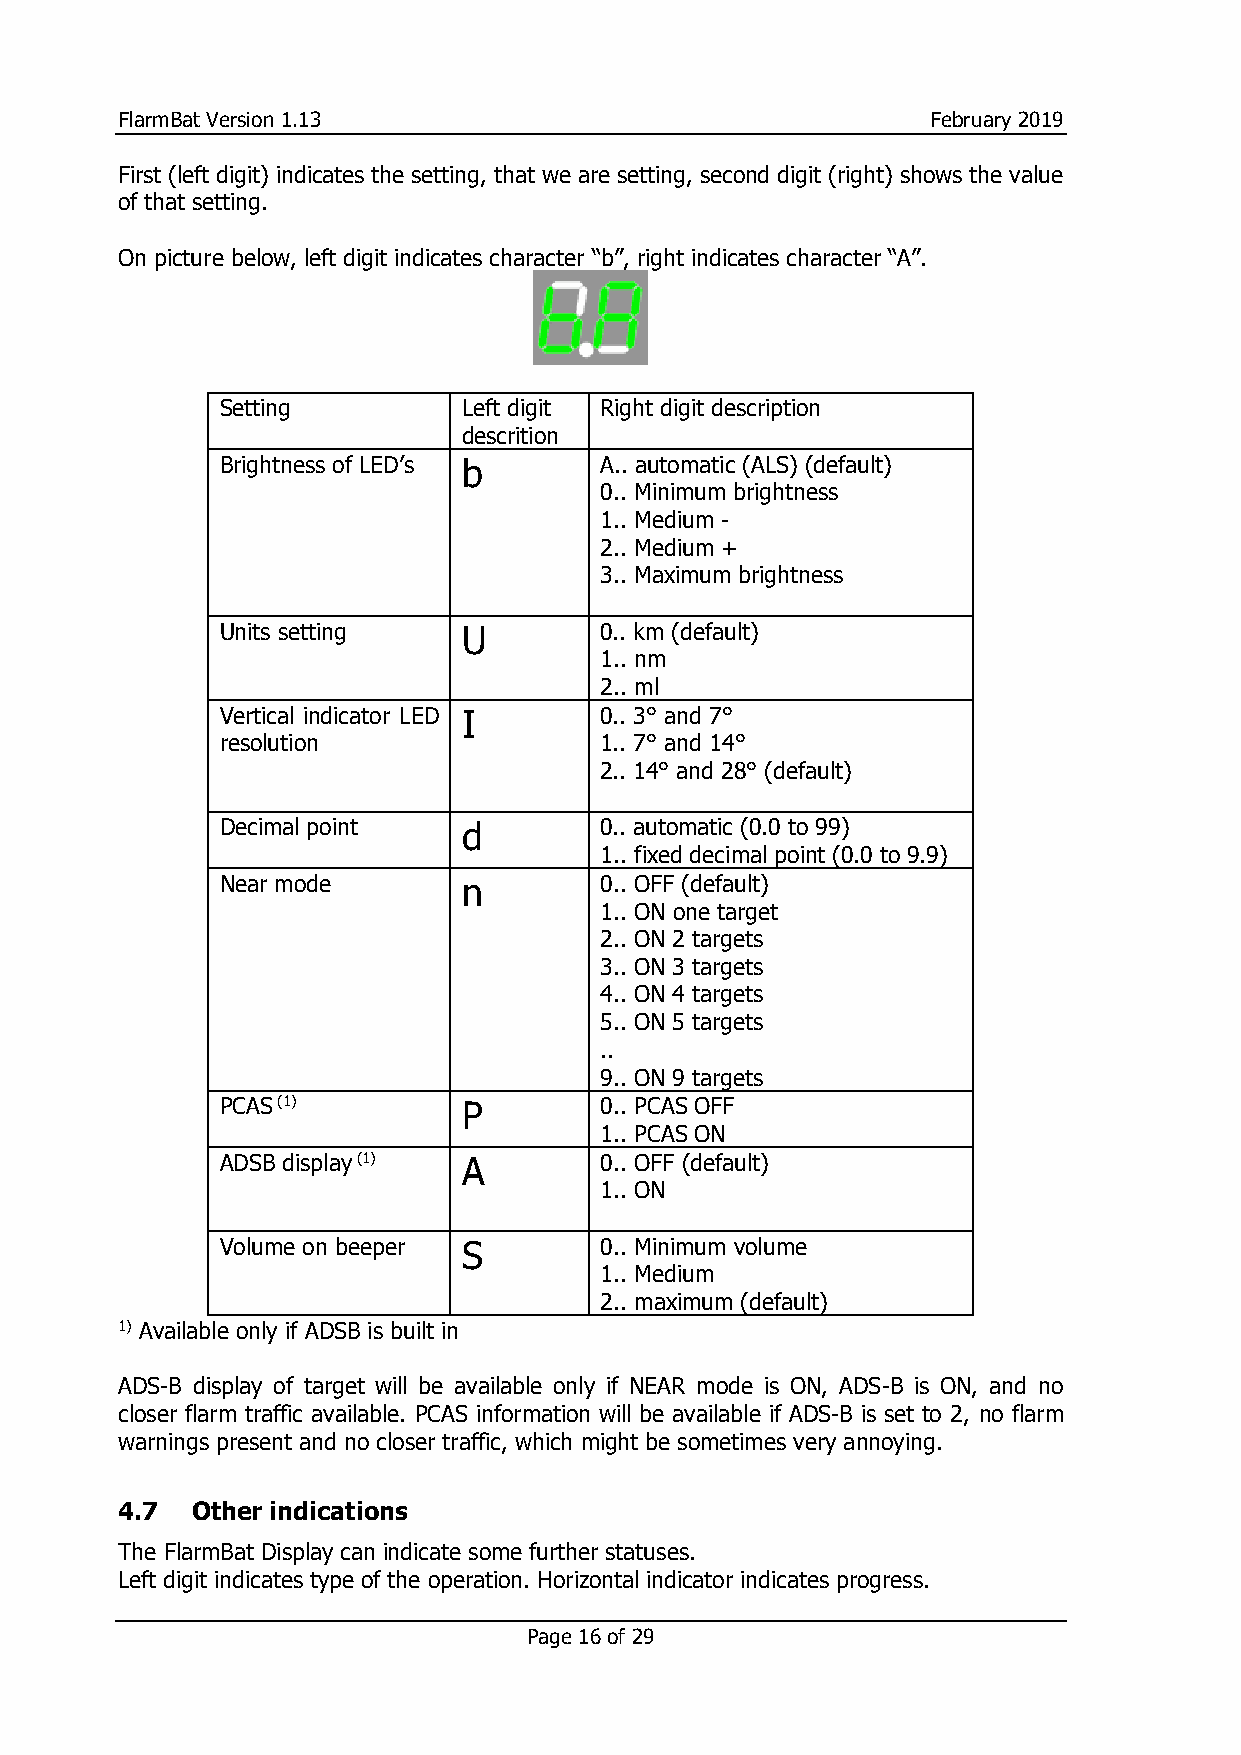
FlarmBat Version 1.13                                 February 2019
 First (left digit) indicates the setting, that we are setting, second digit (right) shows the value
 of that setting.
 On picture below, left digit indicates character “b”, right indicates character “A”.
 Setting         Left digit Right digit description
 descrition
 Brightness of LED’s b    A.. automatic (ALS) (default)
 0.. Minimum brightness
 1.. Medium -
 2.. Medium +
 3.. Maximum brightness
 Units setting   U        0.. km (default)
 1.. nm
 2.. ml
 Vertical indicator LED I 0.. 3° and 7°
 resolution               1.. 7° and 14°
 2.. 14° and 28° (default)
 Decimal point   d        0.. automatic (0.0 to 99)
 1.. fixed decimal point (0.0 to 9.9)
 Near mode       n        0.. OFF (default)
 1.. ON one target
 2.. ON 2 targets
 3.. ON 3 targets
 4.. ON 4 targets
 5.. ON 5 targets
 ..
 9.. ON 9 targets
 PCAS (1)        P        0.. PCAS OFF
 1.. PCAS ON
 ADSB display (1) A       0.. OFF (default)
 1.. ON
 Volume on beeper S       0.. Minimum volume
 1.. Medium
 2.. maximum (default)
 1) Available only if ADSB is built in
 ADS-B display of target will be available only if NEAR mode is ON, ADS-B is ON, and no
 closer flarm traffic available. PCAS information will be available if ADS-B is set to 2, no flarm
 warnings present and no closer traffic, which might be sometimes very annoying.
 4.7  Other indications
 The FlarmBat Display can indicate some further statuses.
 Left digit indicates type of the operation. Horizontal indicator indicates progress.
 Page 16 of 29